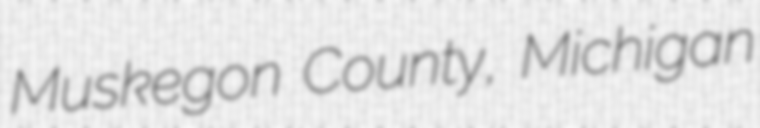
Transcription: Muskegon County, Michigan